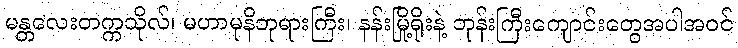
မန္တလေးတက္ကသိုလ်၊ မဟာမုနိဘုရားကြီး၊ နန်းမြို့ရိုးနဲ့ ဘုန်းကြီးကျောင်းတွေအပါအဝင်